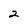
Character: 2